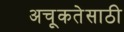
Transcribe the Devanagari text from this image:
अचूकतेसाठी